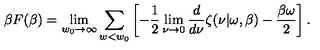
\beta F ( \beta ) = \lim _ { w _ { 0 } \rightarrow \infty } \sum _ { w < w _ { 0 } } \left[ - \frac 1 2 \lim _ { \nu \rightarrow 0 } { \frac { d } { d \nu } } \zeta ( \nu | \omega , \beta ) - { \frac { \beta \omega } { 2 } } \right] .